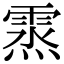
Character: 𩃯